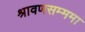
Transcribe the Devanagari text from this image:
श्रावणसम्ममा